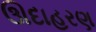
ઊદાહરણ